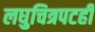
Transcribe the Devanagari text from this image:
लघुचित्रपटही